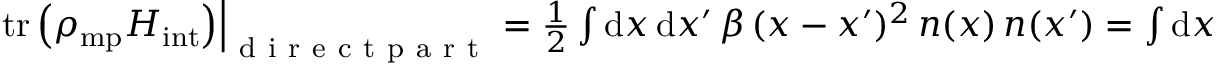
\begin{array} { r } { \left. \mathrm { t r } \left( \rho _ { \mathrm { m p } } H _ { \mathrm { i n t } } \right) \right| _ { \mathrm { ~ d ~ i ~ r ~ e ~ c ~ t ~ p ~ a ~ r ~ t ~ } } = \frac 1 2 \int \mathrm { d } x \, \mathrm { d } x ^ { \prime } \, \beta \, ( x - x ^ { \prime } ) ^ { 2 } \, n ( x ) \, n ( x ^ { \prime } ) = \int \mathrm { d } x \, \frac 1 2 \, 2 \beta N \, x ^ { 2 } \, n ( x ) \, , } \end{array}